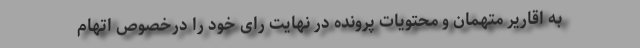
به اقاریر متهمان و محتویات پرونده در نهایت رای خود را درخصوص اتهام